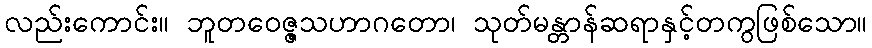
လည်းကောင်း။ ဘူတဝေဇ္ဇသဟာဂတော၊ သုတ်မန္တာန်ဆရာနှင့်တကွဖြစ်သော။